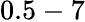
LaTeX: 0.5-7